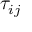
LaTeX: \tau _ { i j }